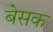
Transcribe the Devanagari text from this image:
बेसक